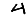
Digit: 4